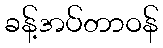
ခန့်အပ်တာဝန်